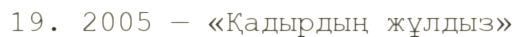
19. 2005 — «Қадырдың жұлдыз»